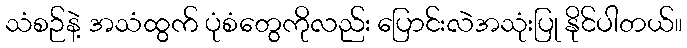
သံစဉ်နဲ့ အသံထွက် ပုံစံတွေကိုလည်း ပြောင်းလဲအသုံးပြု နိုင်ပါတယ်။